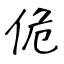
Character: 佹